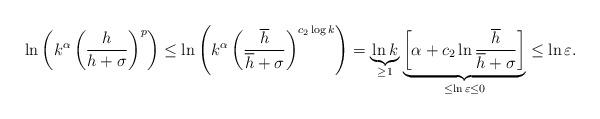
LaTeX: \begin{align*}\ln \left( k^\alpha \left(\frac{h}{h+\sigma}\right)^p \right)\leq\ln \left( k^\alpha \left(\frac{\overline{h}}{\overline{h}+\sigma}\right)^{c_2 \log k} \right) = \underbrace{\ln k}_{\ge 1}\underbrace{ \left[ \alpha + c_2 \ln \frac{\overline{h}}{\overline{h}+\sigma} \right] }_{\leq \ln \varepsilon \leq 0}\leq \ln \varepsilon.\end{align*}